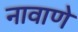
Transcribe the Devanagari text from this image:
नावाणे